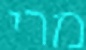
מרי